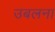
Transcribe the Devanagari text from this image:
उबलना